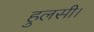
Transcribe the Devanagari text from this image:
हुलसी।